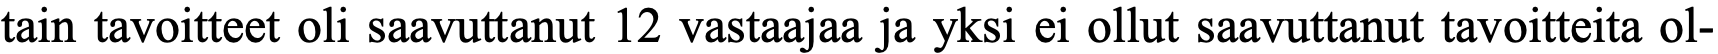
tain tavoitteet oli saavuttanut 12 vastaajaa ja yksi ei ollut saavuttanut tavoitteita ol-